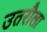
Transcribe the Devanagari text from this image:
उतरौला